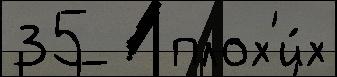
35   плох'и́х